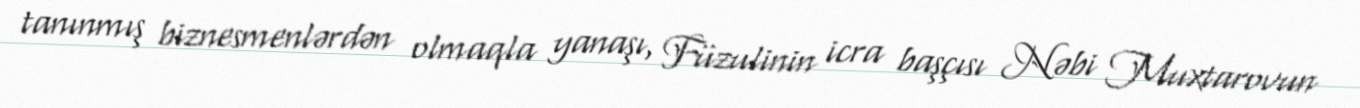
tanınmış biznesmenlərdən olmaqla yanaşı, Füzulinin icra başçısı Nəbi Muxtarovun